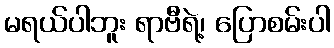
မရယ်ပါဘူး ရာဗီရဲ့၊ ပြောစမ်းပါ